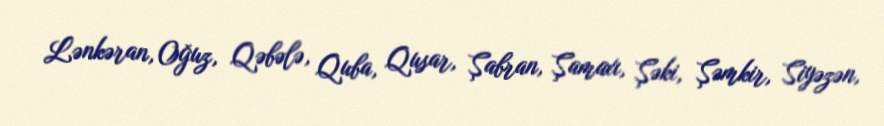
Lənkəran, Oğuz, Qəbələ, Quba, Qusar, Şabran, Şamaxı, Şəki, Şəmkir, Siyəzən,